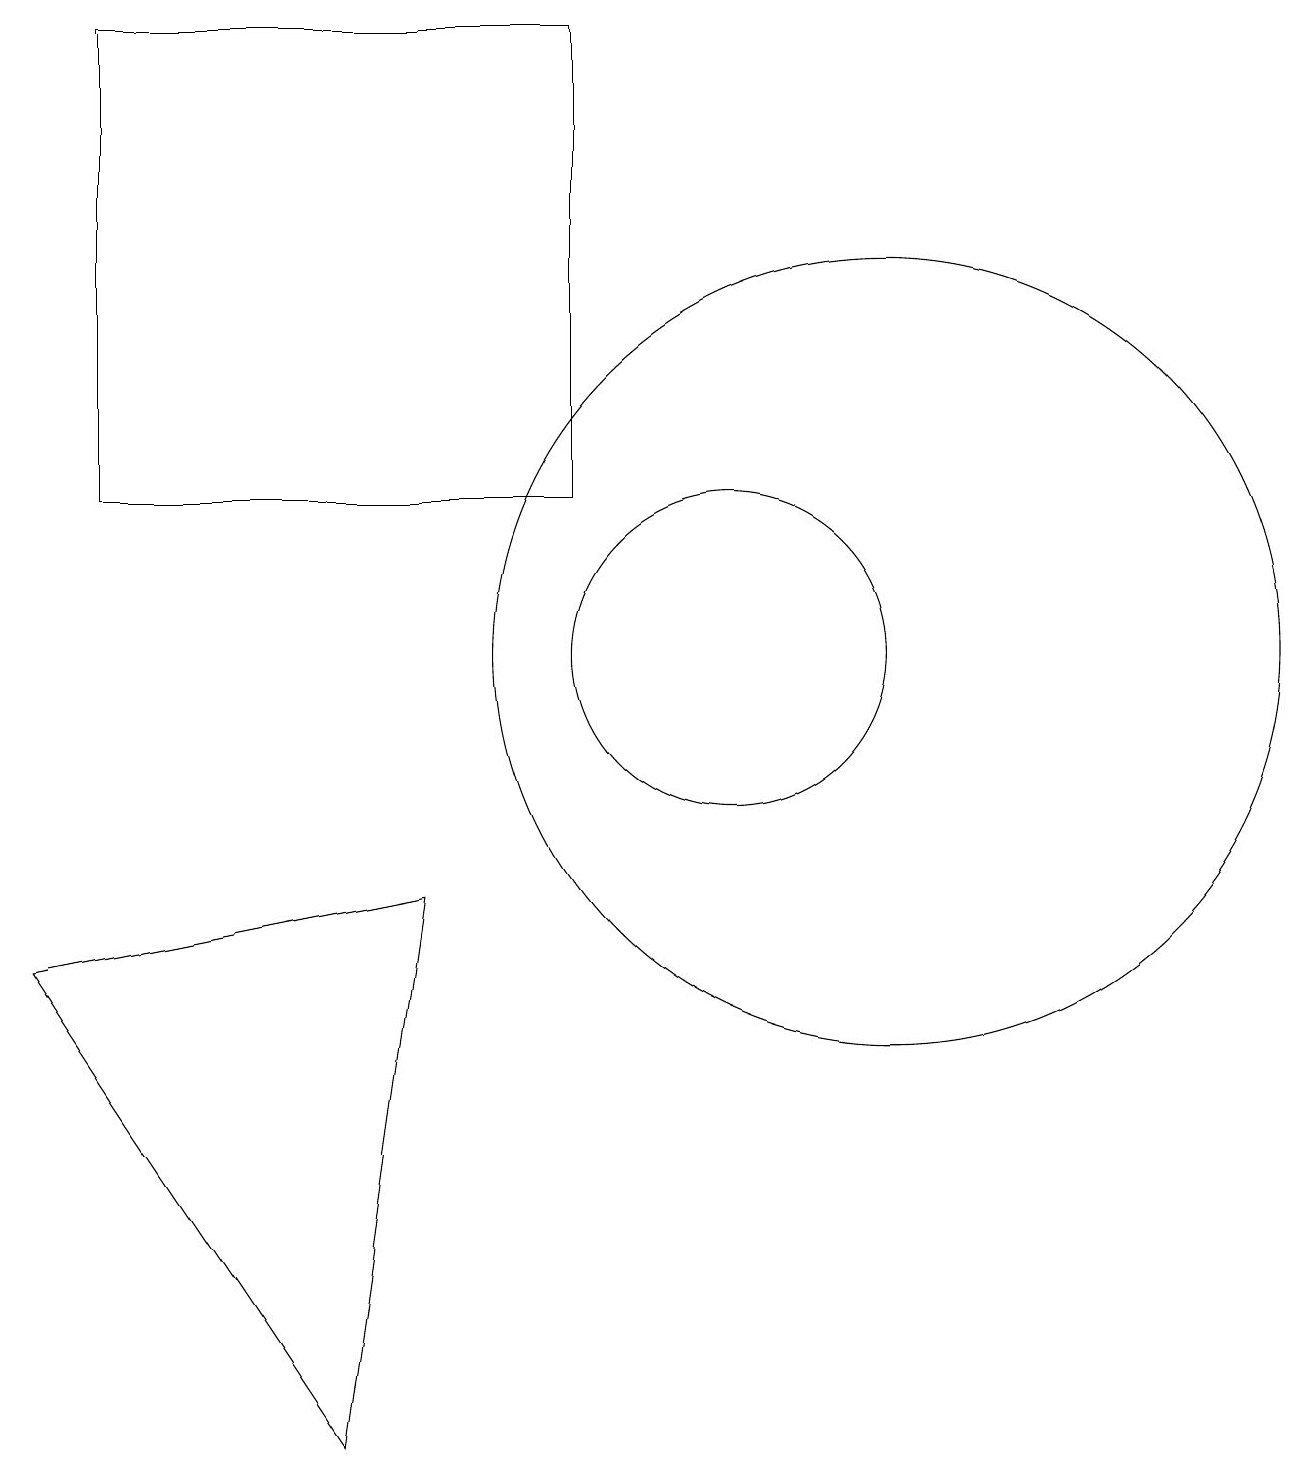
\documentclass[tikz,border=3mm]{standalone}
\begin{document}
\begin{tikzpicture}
\draw (2,18) rectangle (8,12);
\draw (5,0) -- (6,7) -- (1,6) -- cycle;
\draw (12,10) circle (5);
\draw (10,10) circle (2);
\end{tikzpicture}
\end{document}